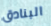
البنادق